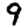
Digit: 9